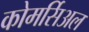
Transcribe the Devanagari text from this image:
कोमर्सिअल